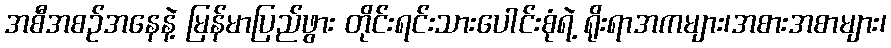
အစီအစဉ်အနေနဲ့ မြန်မာပြည်ဖွား တိုင်းရင်းသားပေါင်းစုံရဲ့ ရိုးရာအကများ၊အစားအစာများ၊